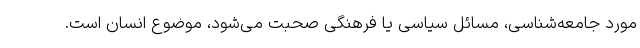
مورد جامعه‌شناسی، مسائل سیاسی یا فرهنگی صحبت می‌شود، موضوع انسان است.